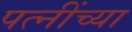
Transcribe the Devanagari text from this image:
पत्नींच्या